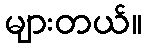
များတယ်။